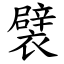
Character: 襞